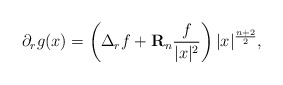
\begin{align*}\partial_rg(x)&=\left(\Delta_rf+\mathbf{R}_n\frac{f}{|x|^2}\right)|x|^{\frac{n+2}{2}},\end{align*}